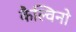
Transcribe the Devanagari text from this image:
कैल्विनो